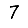
Digit: 7